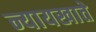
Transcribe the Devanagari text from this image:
न्यायखाते